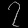
Digit: ၇